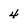
Character: 4